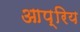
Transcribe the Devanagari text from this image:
आप्रिय